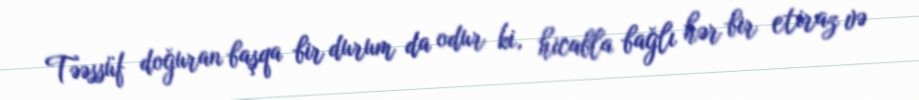
Təəssüf doğuran başqa bir durum da odur ki, hicabla bağlı hər bir etiraz və